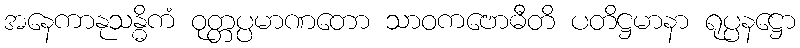
အနေကာနုသန္ဓိကံ ဝုတ္တပ္ပမာဏတော သာဝကဗောဓီတိ ပတိဋ္ဌမာနာ ရုပ္ပနဋ္ဌော